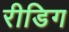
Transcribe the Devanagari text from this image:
रीडिग